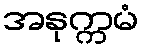
အနုက္ကမံ